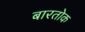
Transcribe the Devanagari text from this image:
बारतोक